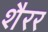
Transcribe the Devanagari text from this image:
शैरर